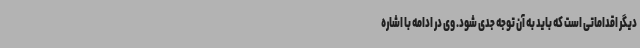
دیگر اقداماتی است که باید به آن توجه جدی شود. وی در ادامه با اشاره